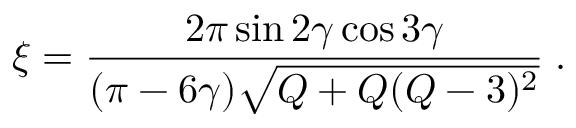
\xi = \frac { 2 \pi \sin 2 \gamma \cos 3 \gamma } { ( \pi - 6 \gamma ) \sqrt { Q + Q ( Q - 3 ) ^ { 2 } } } \; .